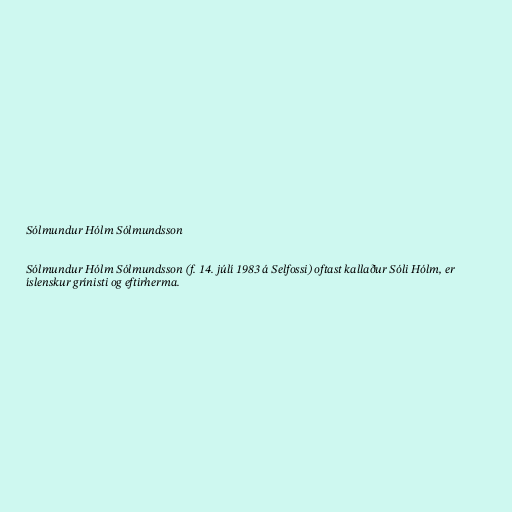
Sólmundur Hólm Sólmundsson

Sólmundur Hólm Sólmundsson (f. 14. júlí 1983 á Selfossi) oftast kallaður Sóli Hólm, er
íslenskur grínisti og eftirherma.